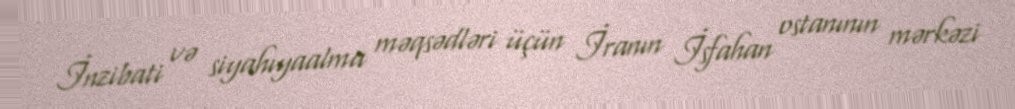
İnzibati və siyahıyaalma məqsədləri üçün İranın İsfahan ostanının mərkəzi